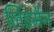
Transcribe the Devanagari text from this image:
लिंडमैन